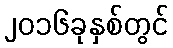
၂၀၁၆ခုနှစ်တွင်